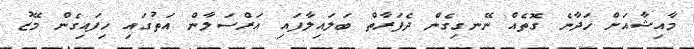
މާއިޝާއަށް ހަދާނެ ގޮތެއް ނޭނގިގެން ދެފަރާތް ބަަލައިލާފައި އަރްސަލާން އަތުގައި ހިފައިގެން މޭޒު